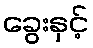
ခွေးနှင့်